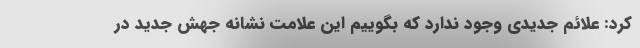
کرد: علائم جدیدی وجود ندارد که بگوییم این علامت نشانه جهش جدید در